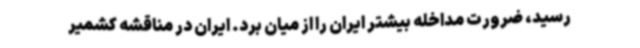
رسید، ضرورت مداخله بیشتر ایران را از میان برد. ایران در مناقشه کشمیر